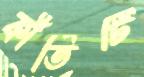
কীর্তিটি